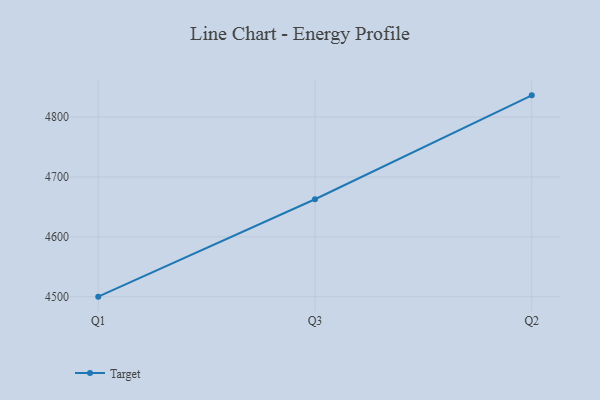
{"axis": {"x": "Quarter", "y": "Temperature (°C)"}, "legend": ["Target"], "data": [{"x": "Q1", "y": 4500.1, "type": "Target"}, {"x": "Q3", "y": 4662.8, "type": "Target"}, {"x": "Q2", "y": 4836.3, "type": "Target"}]}